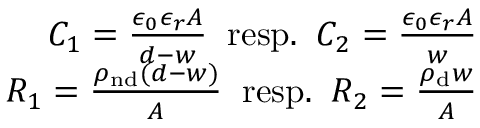
\begin{array} { r } { C _ { 1 } = \frac { \epsilon _ { 0 } \epsilon _ { r } A } { d - w } \; \; \mathrm { r e s p . } \; \; C _ { 2 } = \frac { \epsilon _ { 0 } \epsilon _ { r } A } { w } } \\ { R _ { 1 } = \frac { \rho _ { \mathrm { n d } } ( d - w ) } { A } \; \; \mathrm { r e s p . } \; \; R _ { 2 } = \frac { \rho _ { \mathrm { d } } w } { A } } \end{array}